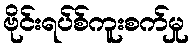
ဗိုင်းရပ်စ်ကူးစက်မှု